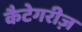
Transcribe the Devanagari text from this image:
कैटेगरीज़